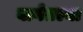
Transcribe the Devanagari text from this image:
बागेतल्या